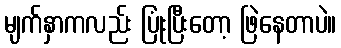
မျက်နှာကလည်း ပြုံးပြီးတော့ ဖြဲနေတာပဲ။